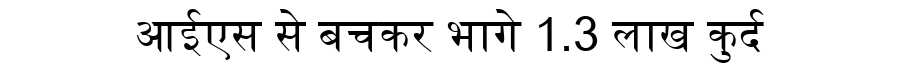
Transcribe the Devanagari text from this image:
आईएस से बचकर भागे 1.3 लाख कुर्द